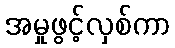
အမှုဖွင့်လှစ်ကာ